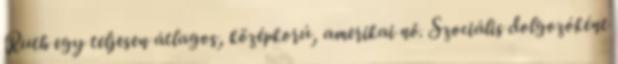
Ruth egy teljesen átlagos, középkorú, amerikai nő. Szociális dolgozóként